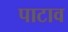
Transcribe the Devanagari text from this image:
पाटाव